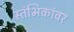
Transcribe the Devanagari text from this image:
स्तंभिकांवर